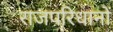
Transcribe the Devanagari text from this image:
राजपरिधानों